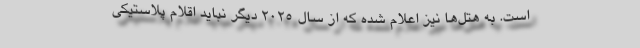
است. به هتل‌ها نیز اعلام شده که از سال 2025 دیگر نباید اقلام پلاستیکی